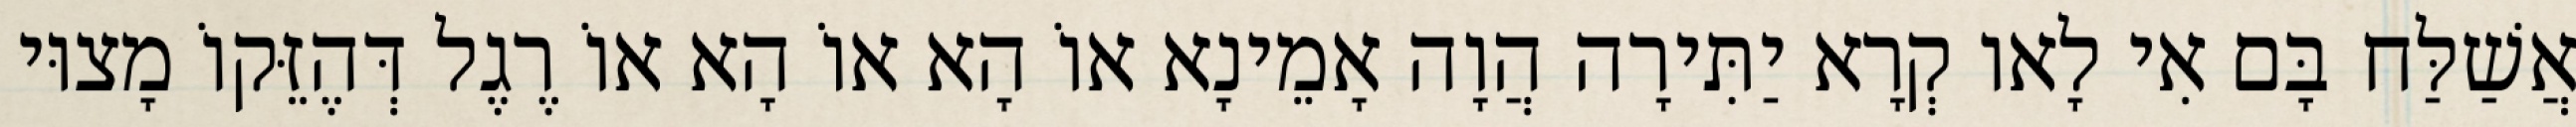
אֲשַׁלַּח בָּם אִי לָאו קְרָא יַתִּירָה הֲוָה אָמֵינָא אוֹ הָא אוֹ הָא אוֹ רֶגֶל דְּהֶזֵּקוֹ מָצוּי